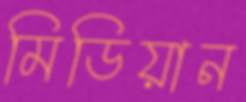
মিডিয়ান